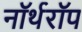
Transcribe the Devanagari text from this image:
नॉर्थरॉप